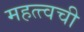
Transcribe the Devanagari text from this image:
महत्त्वची